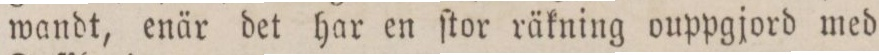
wandt, enär det har en ſtor räkning ouppgjord med